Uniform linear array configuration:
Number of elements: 24
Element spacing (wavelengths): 0.75
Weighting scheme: blackman
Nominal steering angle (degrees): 30
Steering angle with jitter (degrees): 28.392
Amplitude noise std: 0.05
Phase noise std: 0.05

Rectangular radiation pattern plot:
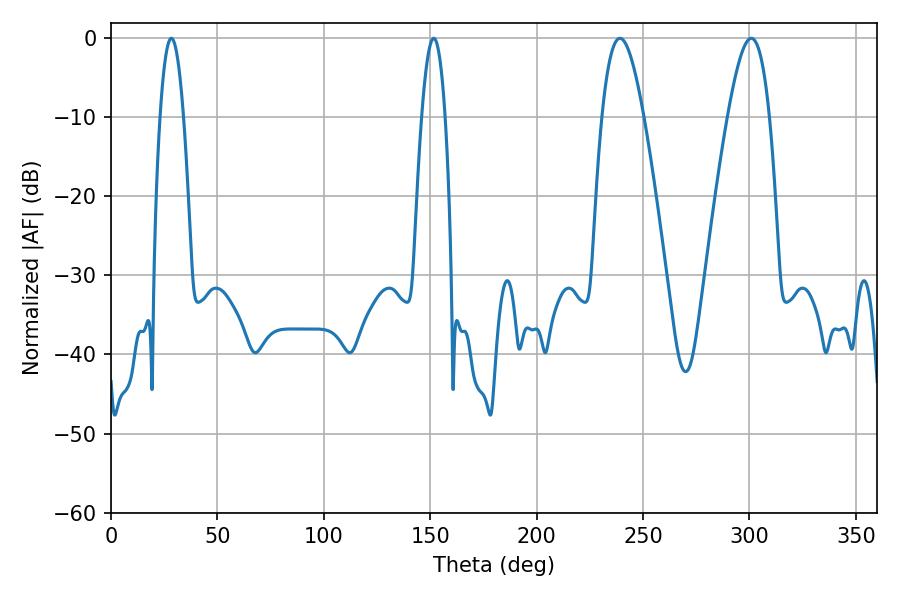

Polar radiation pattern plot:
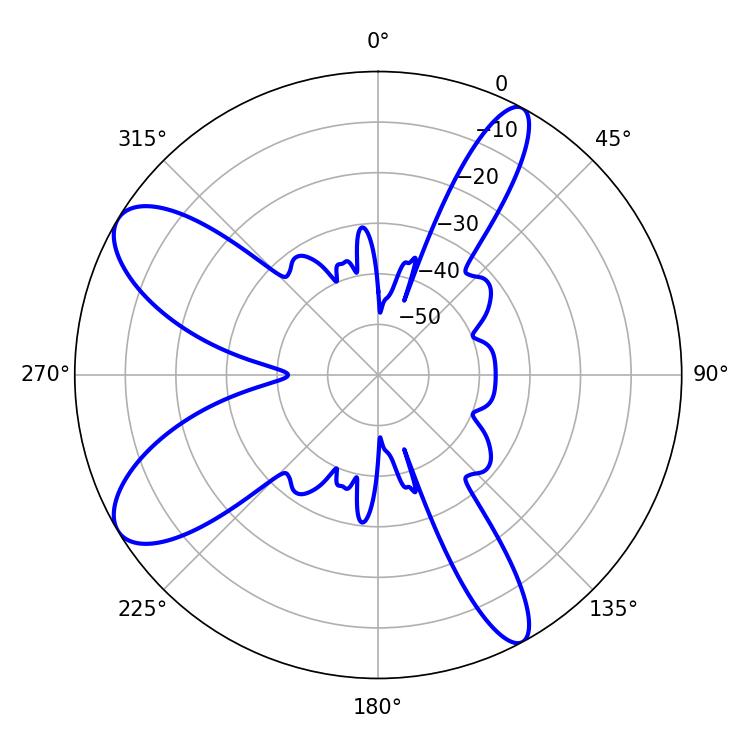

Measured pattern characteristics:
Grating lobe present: TRUE
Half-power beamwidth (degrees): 10.62
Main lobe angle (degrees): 239.22